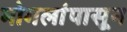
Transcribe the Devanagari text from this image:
मोगलांपासून